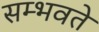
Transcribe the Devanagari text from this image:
सम्भवते